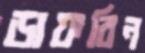
ডাফরিন